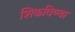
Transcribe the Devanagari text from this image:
शिकविण्या